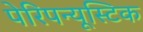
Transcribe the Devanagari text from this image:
पेरिपन्यूस्टिक